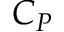
C _ { P }